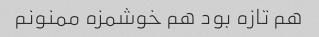
هم تازه بود هم خوشمزه ممنونم